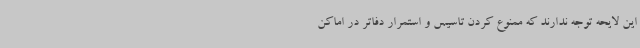
این لایحه توجه ندارند که ممنوع کردن تاسیس و استمرار دفاتر در اماکن